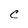
Character: C